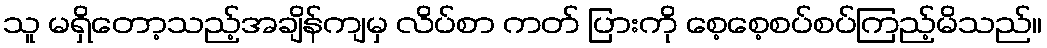
သူ မရှိတော့သည့်အချိန်ကျမှ လိပ်စာ ကတ် ပြားကို စေ့စေ့စပ်စပ်ကြည့်မိသည်။